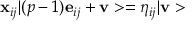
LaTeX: { \bf x } _ { i j } \vert ( p - 1 ) { \bf e } _ { i j } + { \bf v } > = \eta _ { i j } \vert { \bf v } >